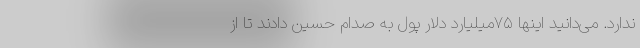
ندارد. می‌دانید اینها ۷۵میلیارد دلار پول به صدام حسین دادند تا از